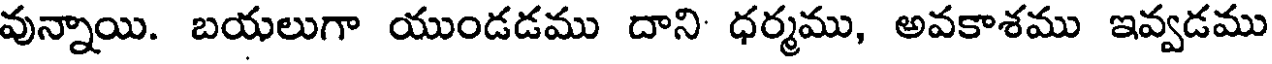
వున్నాయి. బయలుగా యుండడము దాని ధర్మము, అవకాశము ఇవ్వడము